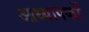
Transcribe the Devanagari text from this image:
आध्यापकों